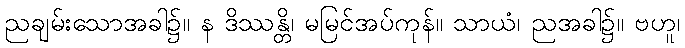
ညချမ်းသောအခါ၌။ န ဒိဿန္တိ၊ မမြင်အပ်ကုန်။ သာယံ၊ ညအခါ၌။ ဗဟူ၊